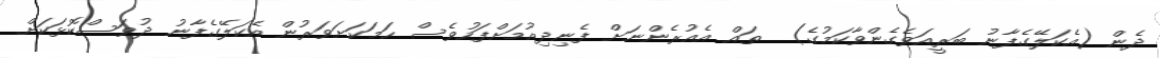
ދެން (އެކަލޭގެފާނު ބަރީއަވެގެންވާކަމުގެ)  ތައް އެއުރެންނަށް ފެނިދިއުމަށްފަހުވެސް ހަމަކަށަވަރުން އެކަލޭގެފާނު ދުވަސްކޮޅަކަށް